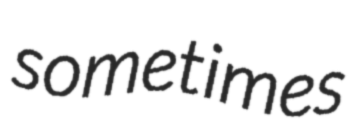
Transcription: sometimes